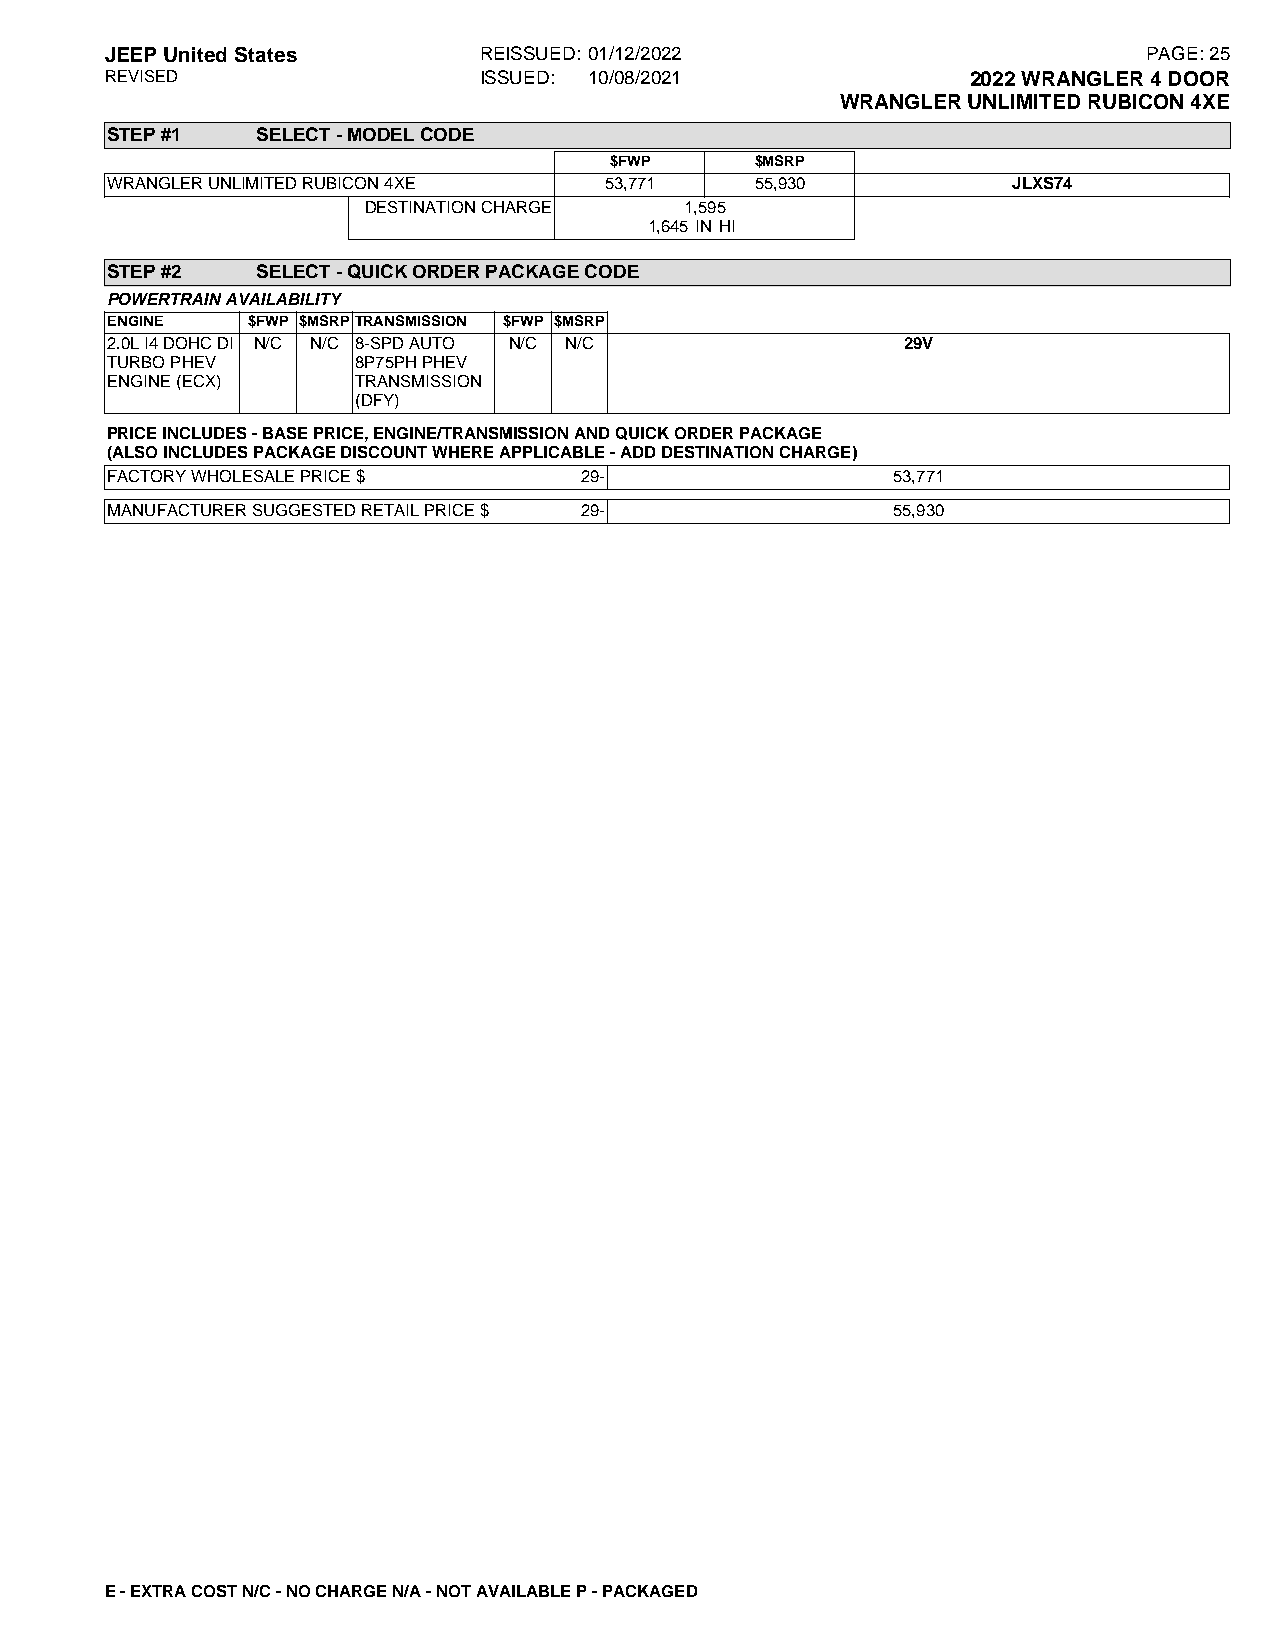
JEEPUnitedStates         REISSUED: 01/12/2022                        PAGE:25
 REVISED                  ISSUED: 10/08/2021              2022WRANGLER4DOOR
 WRANGLERUNLIMITEDRUBICON4XE
 STEP#1    SELECT-MODELCODE
 $FWP      $MSRP
 WRANGLERUNLIMITEDRUBICON4XE      53,771    55,930           JLXS74
 DESTINATIONCHARGE    1,595
 1,645 IN HI
 STEP#2    SELECT-QUICKORDERPACKAGECODE
 POWERTRAINAVAILABILITY
 ENGINE   $FWP $MSRPTRANSMISSION $FWP $MSRP
 2.0LI4DOHCDI N/C N/C 8-SPDAUTO N/C N/C               29V
 TURBOPHEV        8P75PHPHEV
 ENGINE(ECX)      TRANSMISSION
 (DFY)
 PRICEINCLUDES-BASEPRICE,ENGINE/TRANSMISSIONANDQUICKORDERPACKAGE
 (ALSOINCLUDESPACKAGEDISCOUNTWHEREAPPLICABLE-ADDDESTINATIONCHARGE)
 FACTORYWHOLESALEPRICE$         29-                  53,771
 MANUFACTURERSUGGESTEDRETAILPRICE$ 29-               55,930
 E-EXTRACOSTN/C-NOCHARGEN/A-NOTAVAILABLEP-PACKAGED